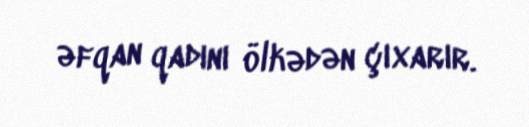
əfqan qadını ölkədən çıxarır.